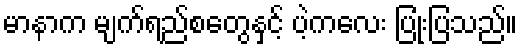
မာနာက မျက်ရည်စတွေနှင့် ပဲ့ကလေး ပြုံးပြသည်။